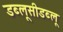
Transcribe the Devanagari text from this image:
डब्लूसीडब्लू